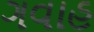
ગવાહ